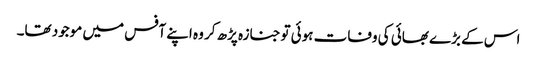
اس کے بڑے بھائی کی وفات ہوئی توجنازہ پڑھ کر وہ اپنے آفس میں موجود تھا۔